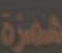
همزة